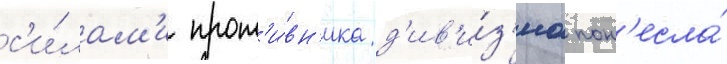
с'и́лам'и прот'и́вн'ика д'ив'и́з'иа пон'есла́